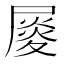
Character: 𡳉